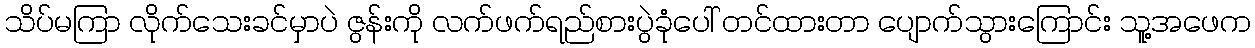
သိပ်မကြာ လိုက်သေးခင်မှာပဲ ဇွန်းကို လက်ဖက်ရည်စားပွဲခုံပေါ် တင်ထားတာ ပျောက်သွားကြောင်း သူ့အဖေက